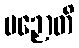
ပဉှောတိ